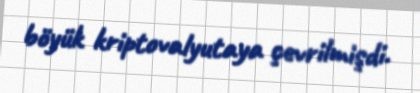
böyük kriptovalyutaya çevrilmişdi.